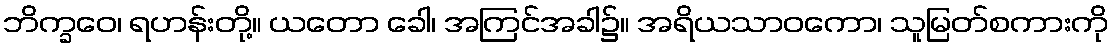
ဘိက္ခဝေ၊ ရဟန်းတို့။ ယတော ခေါ၊ အကြင်အခါ၌။ အရိယသာဝကော၊ သူမြတ်စကားကို